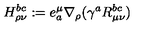
H _ { \rho \nu } ^ { b c } : = e _ { a } ^ { \mu } \nabla _ { \rho } ( \gamma ^ { a } R _ { \mu \nu } ^ { b c } )